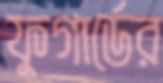
ফুগার্ডের